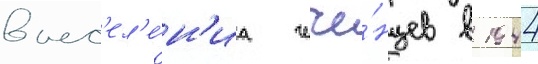
выс'ел'е́н'иа чече́нцев в 1944